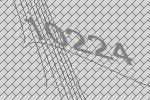
10224